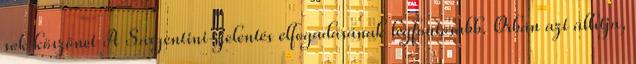
sok köszönet A Sargentini-jelentés elfogadásának legfontosabb. Orbán azt állítja,